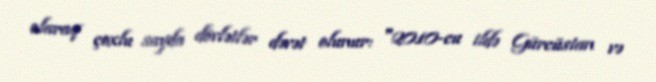
olaraq çoxlu sayda dövlətlər dəvət olunur: "2010-cu ildə Gürcüstan və